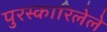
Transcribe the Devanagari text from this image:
पुरस्कारिलेले